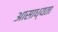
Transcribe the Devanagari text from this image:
आसाध्यता